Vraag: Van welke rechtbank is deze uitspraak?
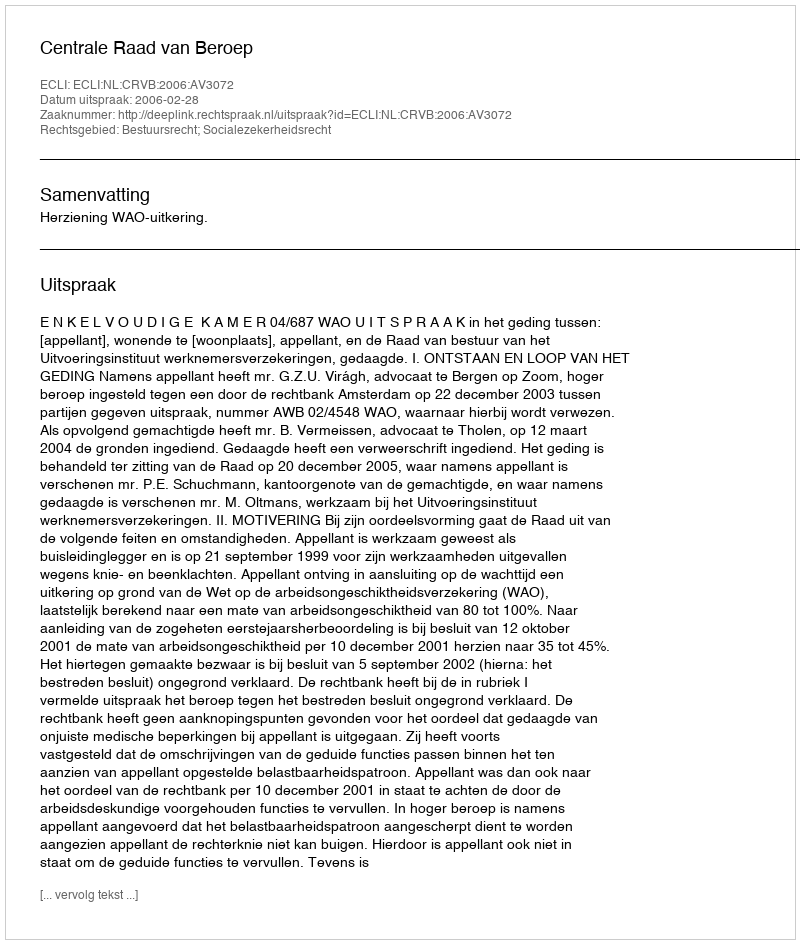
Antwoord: Centrale Raad van Beroep